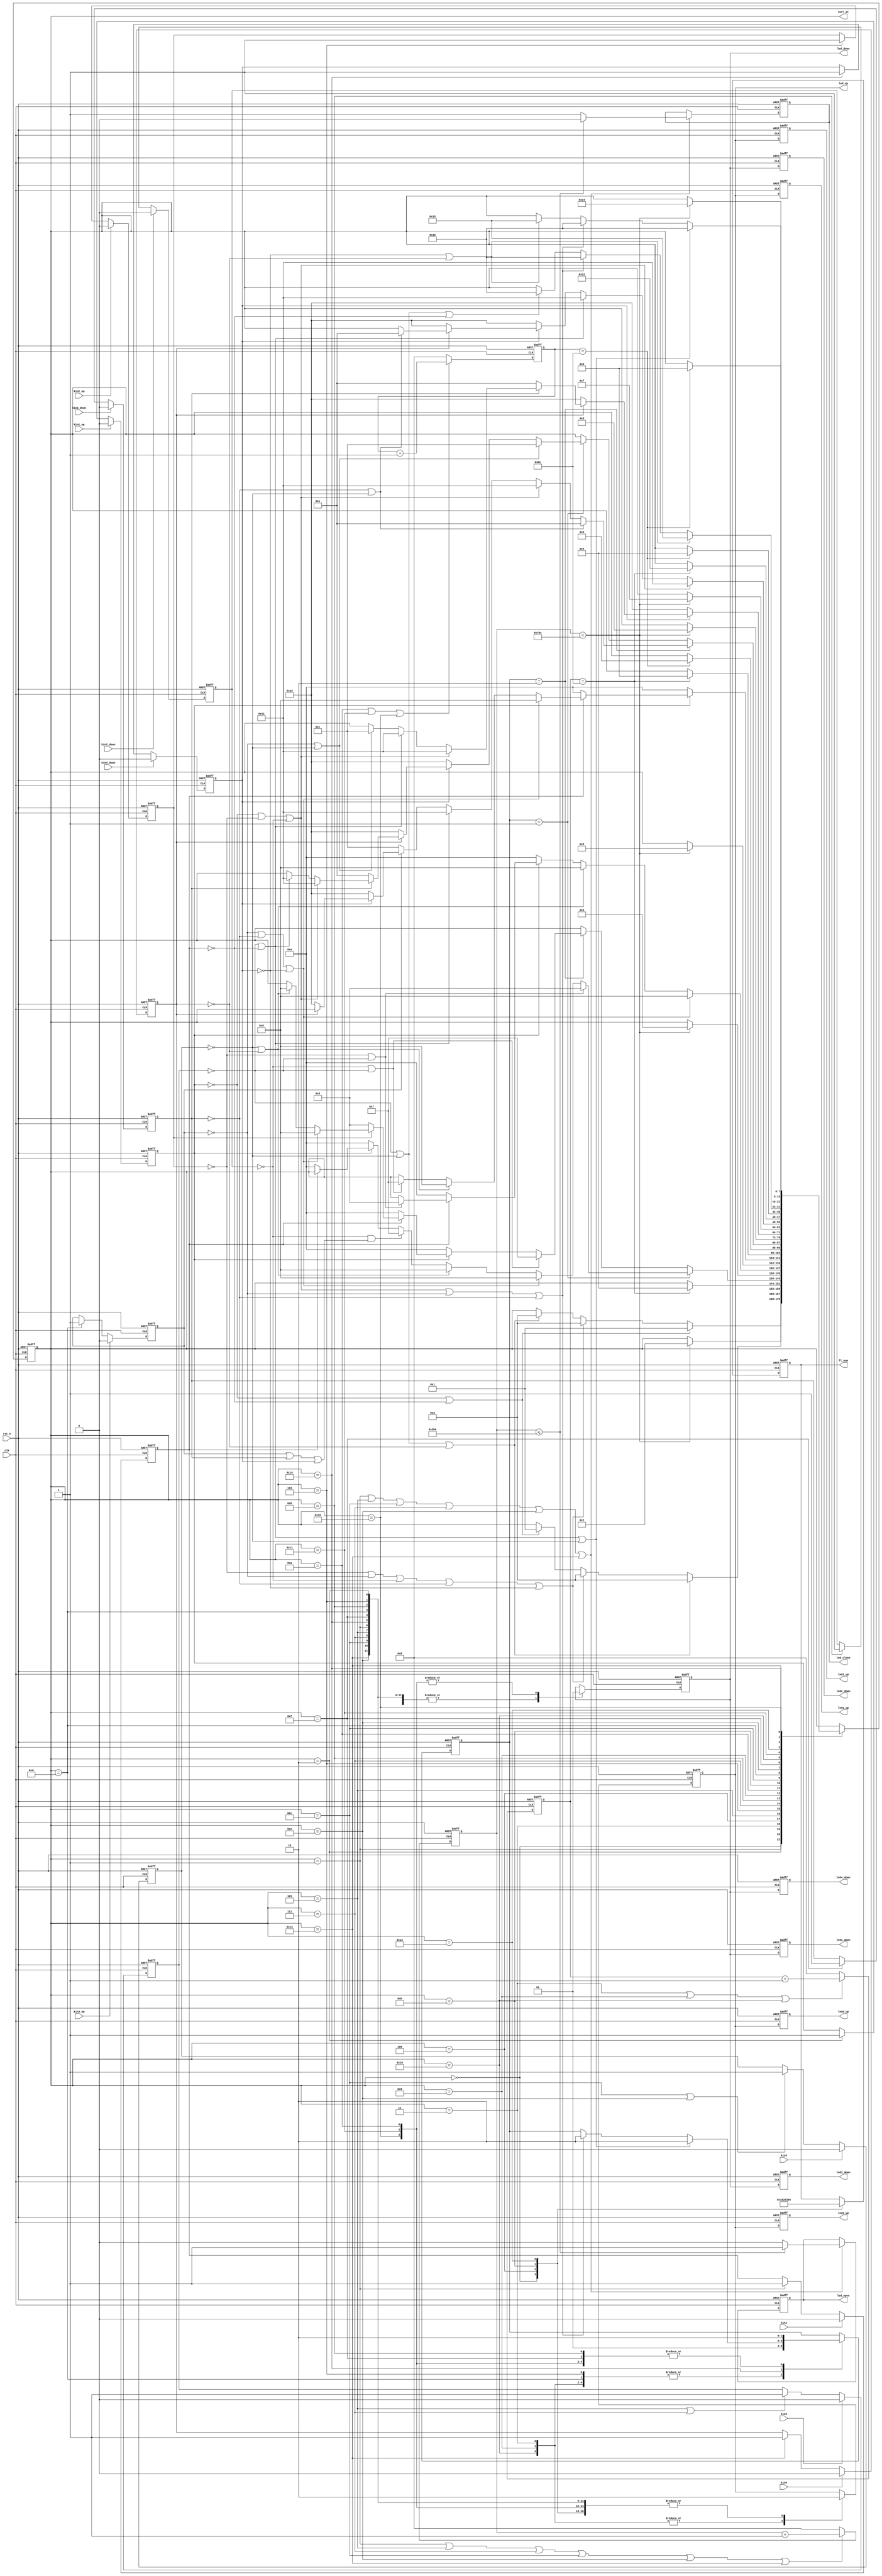
module dianti(
	input 		clk,
	input 		rst_n,
	input 		kin1,//1
	input 		kin2,//2
	input 		kin3,//3
	input 		kin4,//4
	input 		kin1_up,//1UP1DOWN
	input 		kin2_up,//2UP
	input 		kin2_down,//2DOWN
	input 		kin3_up,//3UP
	input 		kin3_down,//3DOWN
	input 		kin4_down,//4DOWN,4UP
	output reg  led_up,//UP
	output reg  led_down,//DOWN
	output reg  led_open,//
	output reg	led_close,//
	output reg  led1_up,//1UP
	output reg	led1_down,
	output reg  led2_up,//2UP
	output reg  led2_down,//2DOWN
	output reg  led3_up,//3UP
	output reg  led3_down,//3DOWN
	output reg	led4_up,
	output reg  led4_down,//4DOWN
	output	reg [7:0] curr_st,
	output	reg	[7:0] fl_num
	);
	
	//reg [7:0] fl_num;
	reg k1_up_buf ;
	reg k1_buf ;
	reg k2_up_buf ;
	reg k2_down_buf ;
	reg k2_buf ;
	reg k3_up_buf ;
	reg k3_down_buf ;
	reg k3_buf ;
	reg k4_down_buf ;
	reg k4_buf ;
	reg[31:0] wait_open_close_cnt;
	reg[31:0] wait_close_cnt;
	reg[31:0] wait_up_cnt;
	reg[31:0] wait_down_cnt;
	reg[1:0]dir_flag;
	reg		led_open_close;
	parameter stop=0;
	parameter up=1;
	parameter down=2;
	parameter wait_open_close_time=32'd1900;//,10S
	// parameter wait_close_time=1900;//,10S
	parameter wait_up_time=190;//1,1S
	parameter wait_down_time=190;//1,1S
	parameter
	        F1            =8'd0,  
	        F1_OPEN_UP    =8'd1,   
	        F1_READY_UP   =8'd2,  
	        F1_UP         =8'd3,  
	        F2            =8'd4,  
	        F2_OPEN_UP    =8'd5,  
	        F2_READY_UP   =8'd6,  
	        F2_OPEN_DOWN  =8'd7,    
	        F2_READY_DOWN =8'd8,  
	        F2_UP         =8'd9,  
	        F2_DOWN       =8'd10,  
	        F3            =8'd11,  
	        F3_OPEN_UP    =8'd12,   
	        F3_READY_UP   =8'd13,  
	        F3_OPEN_DOWN  =8'd14,    
	        F3_READY_DOWN =8'd15,  
	        F3_UP         =8'd16,  
	        F3_DOWN       =8'd17,  
	        F4            =8'd18,  
	        F4_OPEN_DOWN  =8'd19,   
	        F4_READY_DOWN =8'd20,   
	        F4_DOWN       =8'd21;
	assign	k1=~kin1;
	assign	k2=~kin2;
	assign	k3=~kin3;
	assign	k4=~kin4;
	assign	k1_up=~kin1_up;
	assign	k2_up=~kin2_up;
	assign	k2_down=~kin2_down;
	assign	k3_up=~kin3_up;
	assign	k3_down=~kin3_down;
	assign	k4_down=~kin4_down;
	always@(posedge clk or negedge rst_n)
		begin
			if(!rst_n)begin
				led_open<=0;
				led_close<=0;
			end else if(curr_st==F1_OPEN_UP||curr_st==F2_OPEN_UP||curr_st==F3_OPEN_UP||
						curr_st==F2_OPEN_DOWN||curr_st==F3_OPEN_DOWN||curr_st==F4_OPEN_DOWN)
				begin
					if(wait_open_close_cnt<=wait_open_close_time[31:1])
						begin
							led_open<=1;
							led_close<=0;
						end
					else
						begin
							led_open<=0;
							led_close<=1;
						end
				end
			else
				;
		end
	always@(posedge clk or negedge rst_n)
		begin
			if(!rst_n)
				k1_up_buf<=1;
			else if (k1_up==0)
			   k1_up_buf<=0;
			else if (curr_st==F1_READY_UP)
			   k1_up_buf<=1; 
			else
			  ;
		end
	always@(posedge clk or negedge rst_n)
		begin
			if(!rst_n)
				begin
					led1_up			<=0;
					led1_down		<=0;
					led2_up     <=0;
					led2_down   <=0;
					led3_up     <=0;
					led3_down   <=0;
					led4_up			<=0;
					led4_down   <=0;
				end
			else 
				begin
					led1_up			<=led_up;
					led1_down		<=led_down;
					led2_up     <=led_up;
					led2_down   <=led_down;
					led3_up     <=led_up;
					led3_down   <=led_down;
					led4_up			<=led_up;
					led4_down   <=led_down;
				end
		end
	always@(posedge clk or negedge rst_n)
		begin
			if(!rst_n)
				k2_up_buf<=1;
			else if (k2_up==0)
			   k2_up_buf<=0;
			else if (curr_st==F2_READY_UP)
			   k2_up_buf<=1; 
			else
			  ;
		end
	always@(posedge clk or negedge rst_n)
		begin
			if(!rst_n)
				k2_down_buf<=1;
			else if (k2_down==0)
			   k2_down_buf<=0;
			else if (curr_st==F2_READY_DOWN)
			   k2_down_buf<=1; 
			else
			  ;
		end
	always@(posedge clk or negedge rst_n)
		begin
			if(!rst_n)
				k3_up_buf<=1;
			else if (k3_up==0)
			   k3_up_buf<=0;
			else if (curr_st==F3_READY_UP)
			   k3_up_buf<=1; 
			else
			  ;
		end
	always@(posedge clk or negedge rst_n)
		begin
			if(!rst_n)
				k3_down_buf<=1;
			else if (k3_down==0)
			   k3_down_buf<=0;
			else if (curr_st==F3_READY_DOWN)
			   k3_down_buf<=1; 
			else
			  ;
		end
	always@(posedge clk or negedge rst_n)
		begin
			if(!rst_n)
				k4_down_buf<=1;
			else if (k4_down==0)
			   k4_down_buf<=0;
			else if (curr_st==F4_READY_DOWN)
			   k4_down_buf<=1; 
			else
			  ;
		end
	always@(posedge clk or negedge rst_n)
		begin
			if(!rst_n)
				k1_buf<=1;
			else if (k1==0)
			   k1_buf<=0;
			else if (curr_st==F1_OPEN_UP)
			   k1_buf<=1; 
			else
			  ;
		end
	always@(posedge clk or negedge rst_n)
		begin
			if(!rst_n)
				k2_buf<=1;
			else if (k2==0)
			   k2_buf<=0;
			else if (curr_st==F2_OPEN_UP|curr_st==F2_OPEN_DOWN)
			   k2_buf<=1; 
			else
			  ;
		end
	always@(posedge clk or negedge rst_n)
		begin
			if(!rst_n)
				k3_buf<=1;
			else if (k3==0)
			   k3_buf<=0;
			else if (curr_st==F3_OPEN_UP|curr_st==F3_OPEN_DOWN)
			   k3_buf<=1; 
			else
			  ;
		end
	always@(posedge clk or negedge rst_n)
		begin
			if(!rst_n)
				k4_buf<=1;
			else if (k4==0)
			   k4_buf<=0;
			else if (curr_st==F4_OPEN_DOWN)
			   k4_buf<=1; 
			else
			  ;
		end
	always@(posedge clk or negedge rst_n)
		begin
			if(!rst_n)
				begin
					curr_st<=F1;
					fl_num<=1;
					led_open_close<=0;
					led_up<=0;
					led_down<=0;
					dir_flag<=stop;
				end
			else
				begin
					case(curr_st)
						F1:
							begin
								led_up<=0;
								led_down<=0;
								led_open_close<=0;
								fl_num<=1;
								if(!k1_up_buf|!k1_buf)
									curr_st<=F1_OPEN_UP;
								else if(!k2_up_buf|!k3_up_buf|!k2_down_buf|!k3_down_buf|!k4_down_buf)
									curr_st<=F1_UP;
								else if(!k2_buf|!k3_buf|!k4_buf)
									curr_st<=F1_UP;
								else
									;
							end
						F1_OPEN_UP:
							begin
								led_up<=0;
								led_down<=0;
								led_open_close<=1;
								if(wait_open_close_cnt==wait_open_close_time)
									curr_st<=F1_READY_UP;
								else
									;
							end
						F1_READY_UP:
							begin
								led_up<=0;
								led_down<=0;
								led_open_close<=0;
								if(!k2_buf|!k3_buf|!k4_buf)
									begin
										curr_st<=F1_UP;
									end
								else if(!k2_up_buf|!k3_up_buf|
												!k2_down_buf|!k3_down_buf|!k4_down_buf)
									begin
										curr_st<=F1_UP;
									end
								else if(!k1_up_buf|!k1_buf)
									curr_st<=F1_OPEN_UP;
								else
									;
							end
						F1_UP:
							begin
								led_open_close<=0;
								led_up<=1;
								led_down<=0;
								dir_flag<=up;
								if(wait_up_cnt==wait_up_time)
									curr_st<=F2;
								else
									;
							end
				/////////////////////////////////////////
						F2:
							begin
								led_open_close<=0;
								led_up<=0;
								led_down<=0;
								fl_num<=2;
								if(dir_flag==up)
									begin
										if(!k2_up_buf|!k2_buf)
											curr_st<=F2_OPEN_UP;
										else if(!k3_up_buf|!k3_down_buf|!k4_down_buf)
											curr_st<=F2_UP;
										else if(!k3_buf|!k4_buf)
											curr_st<=F2_UP;
										else if(!k2_down_buf&(k3_up_buf|k3_down_buf|k4_down_buf))
											curr_st<=F2_OPEN_DOWN;
										else if(!k1_up_buf)
											curr_st<=F2_DOWN;
										else if(!k1_buf)
											curr_st<=F2_DOWN;
										else
											;
									end
								else if(dir_flag==down)
									begin
										if(!k2_down_buf|!k2_buf)
											curr_st<=F2_OPEN_DOWN;
										else if(!k1_up_buf)
											curr_st<=F2_DOWN;
										else if(!k1_buf)
											curr_st<=F2_DOWN;
										else if(!k2_up_buf)
											curr_st<=F2_OPEN_UP;
										else if(!k3_up_buf|!k3_down_buf|!k4_down_buf)
											curr_st<=F2_UP;
										else if(!k3_buf|!k4_buf)
											curr_st<=F2_UP;
										else 
											;
									end
								else
									;
							end
					F2_OPEN_UP:
						begin
							led_up<=0;
							led_down<=0;
							led_open_close<=1;
							if(wait_open_close_cnt==wait_open_close_time)
								curr_st<=F2_READY_UP;
							else
								;
						end	
					F2_READY_UP:
						begin
							led_open_close<=0;
							led_up<=0;
							led_down<=0;
							dir_flag<=up;
							if(!k3_up_buf|!k3_down_buf|!k4_down_buf)
								curr_st<=F2_UP;
							else if(!k3_buf|!k4_buf)
								curr_st<=F2_UP;
							else if(!k1_up_buf)
								curr_st<=F2_DOWN;
							else if(!k1_buf)
								curr_st<=F2_DOWN;
							else if(!k2_up_buf|!k2_buf)
									curr_st<=F2_OPEN_UP;
							else
									;
						end
					F2_OPEN_DOWN:
						begin
							led_open_close<=1;
							led_up<=0;
							led_down<=0;
							if(wait_open_close_cnt==wait_open_close_time)
								curr_st<=F2_READY_DOWN;
							else
								;
						end
					F2_READY_DOWN:
						begin
							led_open_close<=0;
							led_up<=0;
							led_down<=0;
							dir_flag<=down;
							if(!k1_up_buf)
								curr_st<=F2_DOWN;
							else if(!k1_buf)
								curr_st<=F2_DOWN;
							else if(!k3_up_buf|!k3_down_buf|!k4_down_buf)
								curr_st<=F2_UP;
							else if(!k3_buf|!k4_buf)
								curr_st<=F2_UP;
							else if(!k2_down_buf|!k2_buf)
								curr_st<=F2_OPEN_DOWN;
								else
									;
						end
					F2_UP:
						begin
							led_open_close<=0;
							led_up<=1;
							led_down<=0;
							dir_flag<=up;
							if(wait_up_cnt==wait_up_time)
								curr_st<=F3;
							else
								;
						end
					F2_DOWN:
						begin
							led_open_close<=0;
							led_up<=0;
							led_down<=1;
							dir_flag<=down;
							if(wait_down_cnt==wait_down_time)
								curr_st<=F1;
							else
								;
						end
				////////////////////////////////////////
					F3:
						begin
								led_open_close<=0;
								led_up<=0;
								led_down<=0;
								fl_num<=3;
								if(dir_flag==down)
									begin
										if(!k3_down_buf|!k3_buf)
											curr_st<=F3_OPEN_DOWN;
										else if(!k1_up_buf|!k2_up_buf|!k2_down_buf)
											curr_st<=F3_DOWN;
										else if(!k2_buf|!k1_buf)
											curr_st<=F3_DOWN;
										else if(!k3_up_buf)
											curr_st<=F3_OPEN_UP;
										else if(!k4_down_buf)
											curr_st<=F3_UP;
										else if(!k4_buf)
											curr_st<=F3_UP;
										else 
											;
									end
								else if(dir_flag==up)
									begin
										if(!k3_up_buf|!k3_buf)
											curr_st<=F3_OPEN_UP;
										else if(!k4_down_buf)
											curr_st<=F3_UP;
										else if(!k4_buf)
											curr_st<=F3_UP;
										else if(!k3_down_buf)
											curr_st<=F3_OPEN_DOWN;
										else if(!k1_up_buf|!k2_up_buf|!k2_down_buf)
											curr_st<=F3_DOWN;
										else if(!k2_buf|!k1_buf)
											curr_st<=F3_DOWN;
										else
											;
									end
								else
									;
						end	
					F3_OPEN_UP:
						begin
							led_up<=0;
							led_down<=0;
							led_open_close<=1;
							if(wait_open_close_cnt==wait_open_close_time)
								curr_st<=F3_READY_UP;
							else
								;
						end
					F3_READY_UP:
						begin
							led_open_close<=0;
							led_up<=0;
							led_down<=0;
							dir_flag<=up;
							if(!k4_down_buf)
								curr_st<=F3_UP;
							else if(!k4_buf)
								curr_st<=F3_UP;
							else if(!k3_down_buf)
								curr_st<=F3_OPEN_DOWN;
							else if(!k1_up_buf|!k2_up_buf|!k2_down_buf)
								curr_st<=F3_DOWN;
							else if(!k2_buf|!k1_buf)
								curr_st<=F3_DOWN;
							else if(!k3_up_buf|!k3_buf)
								curr_st<=F3_OPEN_UP;
							else
								;
						end
					F3_OPEN_DOWN:
						begin
							led_open_close<=1;
							led_up<=0;
							led_down<=0;
							if(wait_open_close_cnt==wait_open_close_time)
								curr_st<=F3_READY_DOWN;
							else
								;
						end
					F3_READY_DOWN:
						begin
							led_open_close<=0;
							led_up<=0;
							led_down<=0;
							dir_flag<=down;
							if(!k1_up_buf|!k2_up_buf|!k2_down_buf)
								curr_st<=F3_DOWN;
							else if(!k2_buf|!k1_buf)
								curr_st<=F3_DOWN;
							else if(!k4_down_buf)
								curr_st<=F3_UP;
							else if(!k4_buf)
								curr_st<=F3_UP;
							else if(!k3_down_buf|!k3_buf)
								curr_st<=F3_OPEN_DOWN;
							else
								;
						end
					F3_UP:
						begin
							led_open_close<=0;
							led_up<=1;
							led_down<=0;
							dir_flag<=up;
							if(wait_up_cnt==wait_up_time)
								curr_st<=F4;
							else
								;
						end
					F3_DOWN:
						begin
							led_open_close<=0;
							led_down<=1;
							led_up<=0;
							dir_flag<=down;
							if(wait_down_cnt==wait_down_time)
								curr_st<=F2;
							else
								;
						end
				////////////////////////////////////////////////
					F4:
						begin
							led_open_close<=0;
							led_up<=0;
							led_down<=0;
							fl_num<=4;
							if(!k4_down_buf|!k4_buf)
								curr_st<=F4_OPEN_DOWN;
							else if(!k1_up_buf|!k2_up_buf|!k2_down_buf|!k3_up_buf|!k3_down_buf)
								curr_st<=F4_DOWN;
							else if(!k3_buf|!k2_buf|!k1_buf)
								curr_st<=F4_DOWN;
							else
								;
						end
					F4_OPEN_DOWN:
						begin
							led_up<=0;
							led_down<=0;
							led_open_close<=1;
							if(wait_open_close_cnt==wait_open_close_time)
								curr_st<=F4_READY_DOWN;
							else
								;
						end
					F4_READY_DOWN:
						begin
							led_open_close<=0;
							led_up<=0;
							led_down<=0;
							if(!k1_buf|!k2_buf|!k3_buf)
								begin
									curr_st<=F4_DOWN;
									dir_flag<=down;
								end
							else if(!k1_up_buf|!k2_up_buf|!k2_down_buf|!k3_up_buf|!k3_down_buf)
								begin
									curr_st<=F4_DOWN;
									dir_flag<=down;
								end
							else if(!k4_down_buf|!k4_buf)
								curr_st<=F4_OPEN_DOWN;
							else
								;
						end
					F4_DOWN:
						begin
							led_open_close<=0;
							led_down<=1;
							led_up<=0;
							dir_flag<=down;
							if(wait_down_cnt==wait_down_time)
								begin
									curr_st<=F3;
									dir_flag<=down;
								end
							else
								;
						end
					default:;
					endcase
				end
		end
		always@(posedge clk or negedge rst_n)
			begin
				if(!rst_n)
					wait_open_close_cnt<=0;
				else if(curr_st==F1_OPEN_UP|curr_st==F2_OPEN_UP|curr_st==F2_OPEN_DOWN|curr_st==F3_OPEN_UP|curr_st==F3_OPEN_DOWN|curr_st==F4_OPEN_DOWN)
					wait_open_close_cnt<=wait_open_close_cnt+1;
				else
					wait_open_close_cnt<=0;
			end
		always@(posedge clk or negedge rst_n)
			begin
				if(!rst_n)
					wait_up_cnt<=0;
				else if(curr_st==F1_UP|curr_st==F2_UP|curr_st==F3_UP)
					wait_up_cnt<=wait_up_cnt+1;
				else
					wait_up_cnt<=0;
			end
		always@(posedge clk or negedge rst_n)
			begin
				if(!rst_n)
					wait_down_cnt<=0;
				else if(curr_st==F2_DOWN|curr_st==F3_DOWN|curr_st==F4_DOWN)
					wait_down_cnt<=wait_down_cnt+1;
				else
					wait_down_cnt<=0;
			end
endmodule